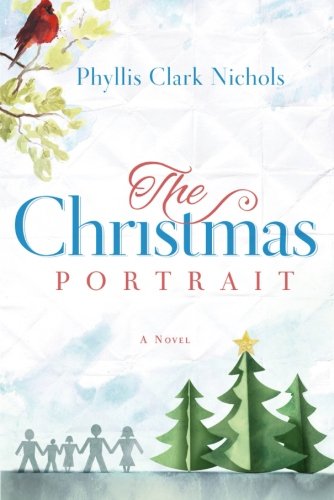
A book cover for The Christmas Portrait; Phyllis Clark Nichols; Literature & Fiction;